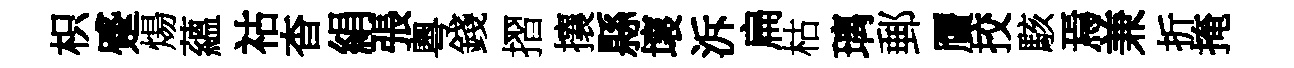
枳蹙煬蘊祜杳絹張粵錢摺攘縣壞泝扁枯璃郵贋挍駭焉兼折掩